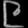
Digit: ၉